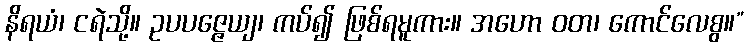
နိရယံ၊ ငရဲသို့။ ဥပပဇ္ဇေယျ၊ ကပ်၍ ဖြစ်ရမူကား။ အဟော ဝတ၊ ကောင်လေစွ။”